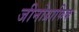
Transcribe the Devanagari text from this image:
जीनोग्राफिक